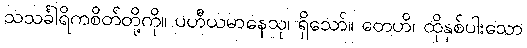
သသင်္ခါရိကစိတ်တို့ကို။ ပဟီယမာနေသု၊ ရှိသော်။ တေဟိ၊ ထိုနှစ်ပါးသော